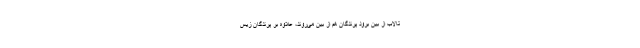
تالاب از بین برود پرندگان هم از بین می‌روند، علاوه بر پرندگان زیس